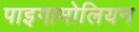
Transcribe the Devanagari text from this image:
पाइगामोलियन